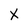
Character: X